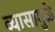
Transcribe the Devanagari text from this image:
व्यासामुळे